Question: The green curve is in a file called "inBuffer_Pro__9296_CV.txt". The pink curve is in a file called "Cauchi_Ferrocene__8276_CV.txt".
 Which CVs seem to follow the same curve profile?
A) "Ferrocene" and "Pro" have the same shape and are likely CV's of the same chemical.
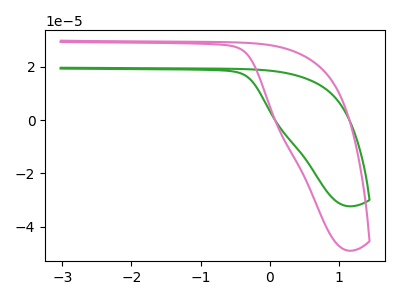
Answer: <think>The green curve "Pro" has no peaks. The pink curve "Ferrocene" has no peaks.
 Neither "Pro" or "Ferrocene" have any peaks.</think>
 <answer>A) "Ferrocene" and "Pro" have the same shape and are likely CV's of the same chemical.</answer>
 <eval>A</eval>